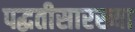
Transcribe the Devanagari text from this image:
पद्धतीसारख्या